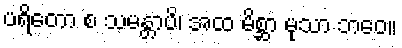
ပရိတော စ သမန္တာပိ၊ အထ မိစ္ဆာ မုသာ ဘဝေ။